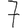
Digit: 7